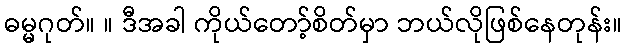
ဓမ္မဂုတ်။ ။ ဒီအခါ ကိုယ်တော့်စိတ်မှာ ဘယ်လိုဖြစ်နေတုန်း။